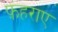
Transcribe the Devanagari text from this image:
फ़हराए